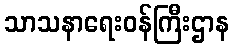
သာသနာရေးဝန်ကြီးဌာန